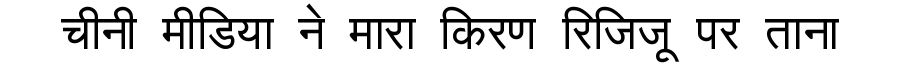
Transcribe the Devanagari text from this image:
चीनी मीडिया ने मारा किरण रिजिजू पर ताना